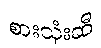
စားသုံးဆီ